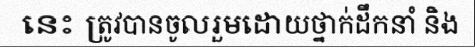
នេះ ត្រូវបានចូលរួមដោយថ្នាក់ដឹកនាំ និង